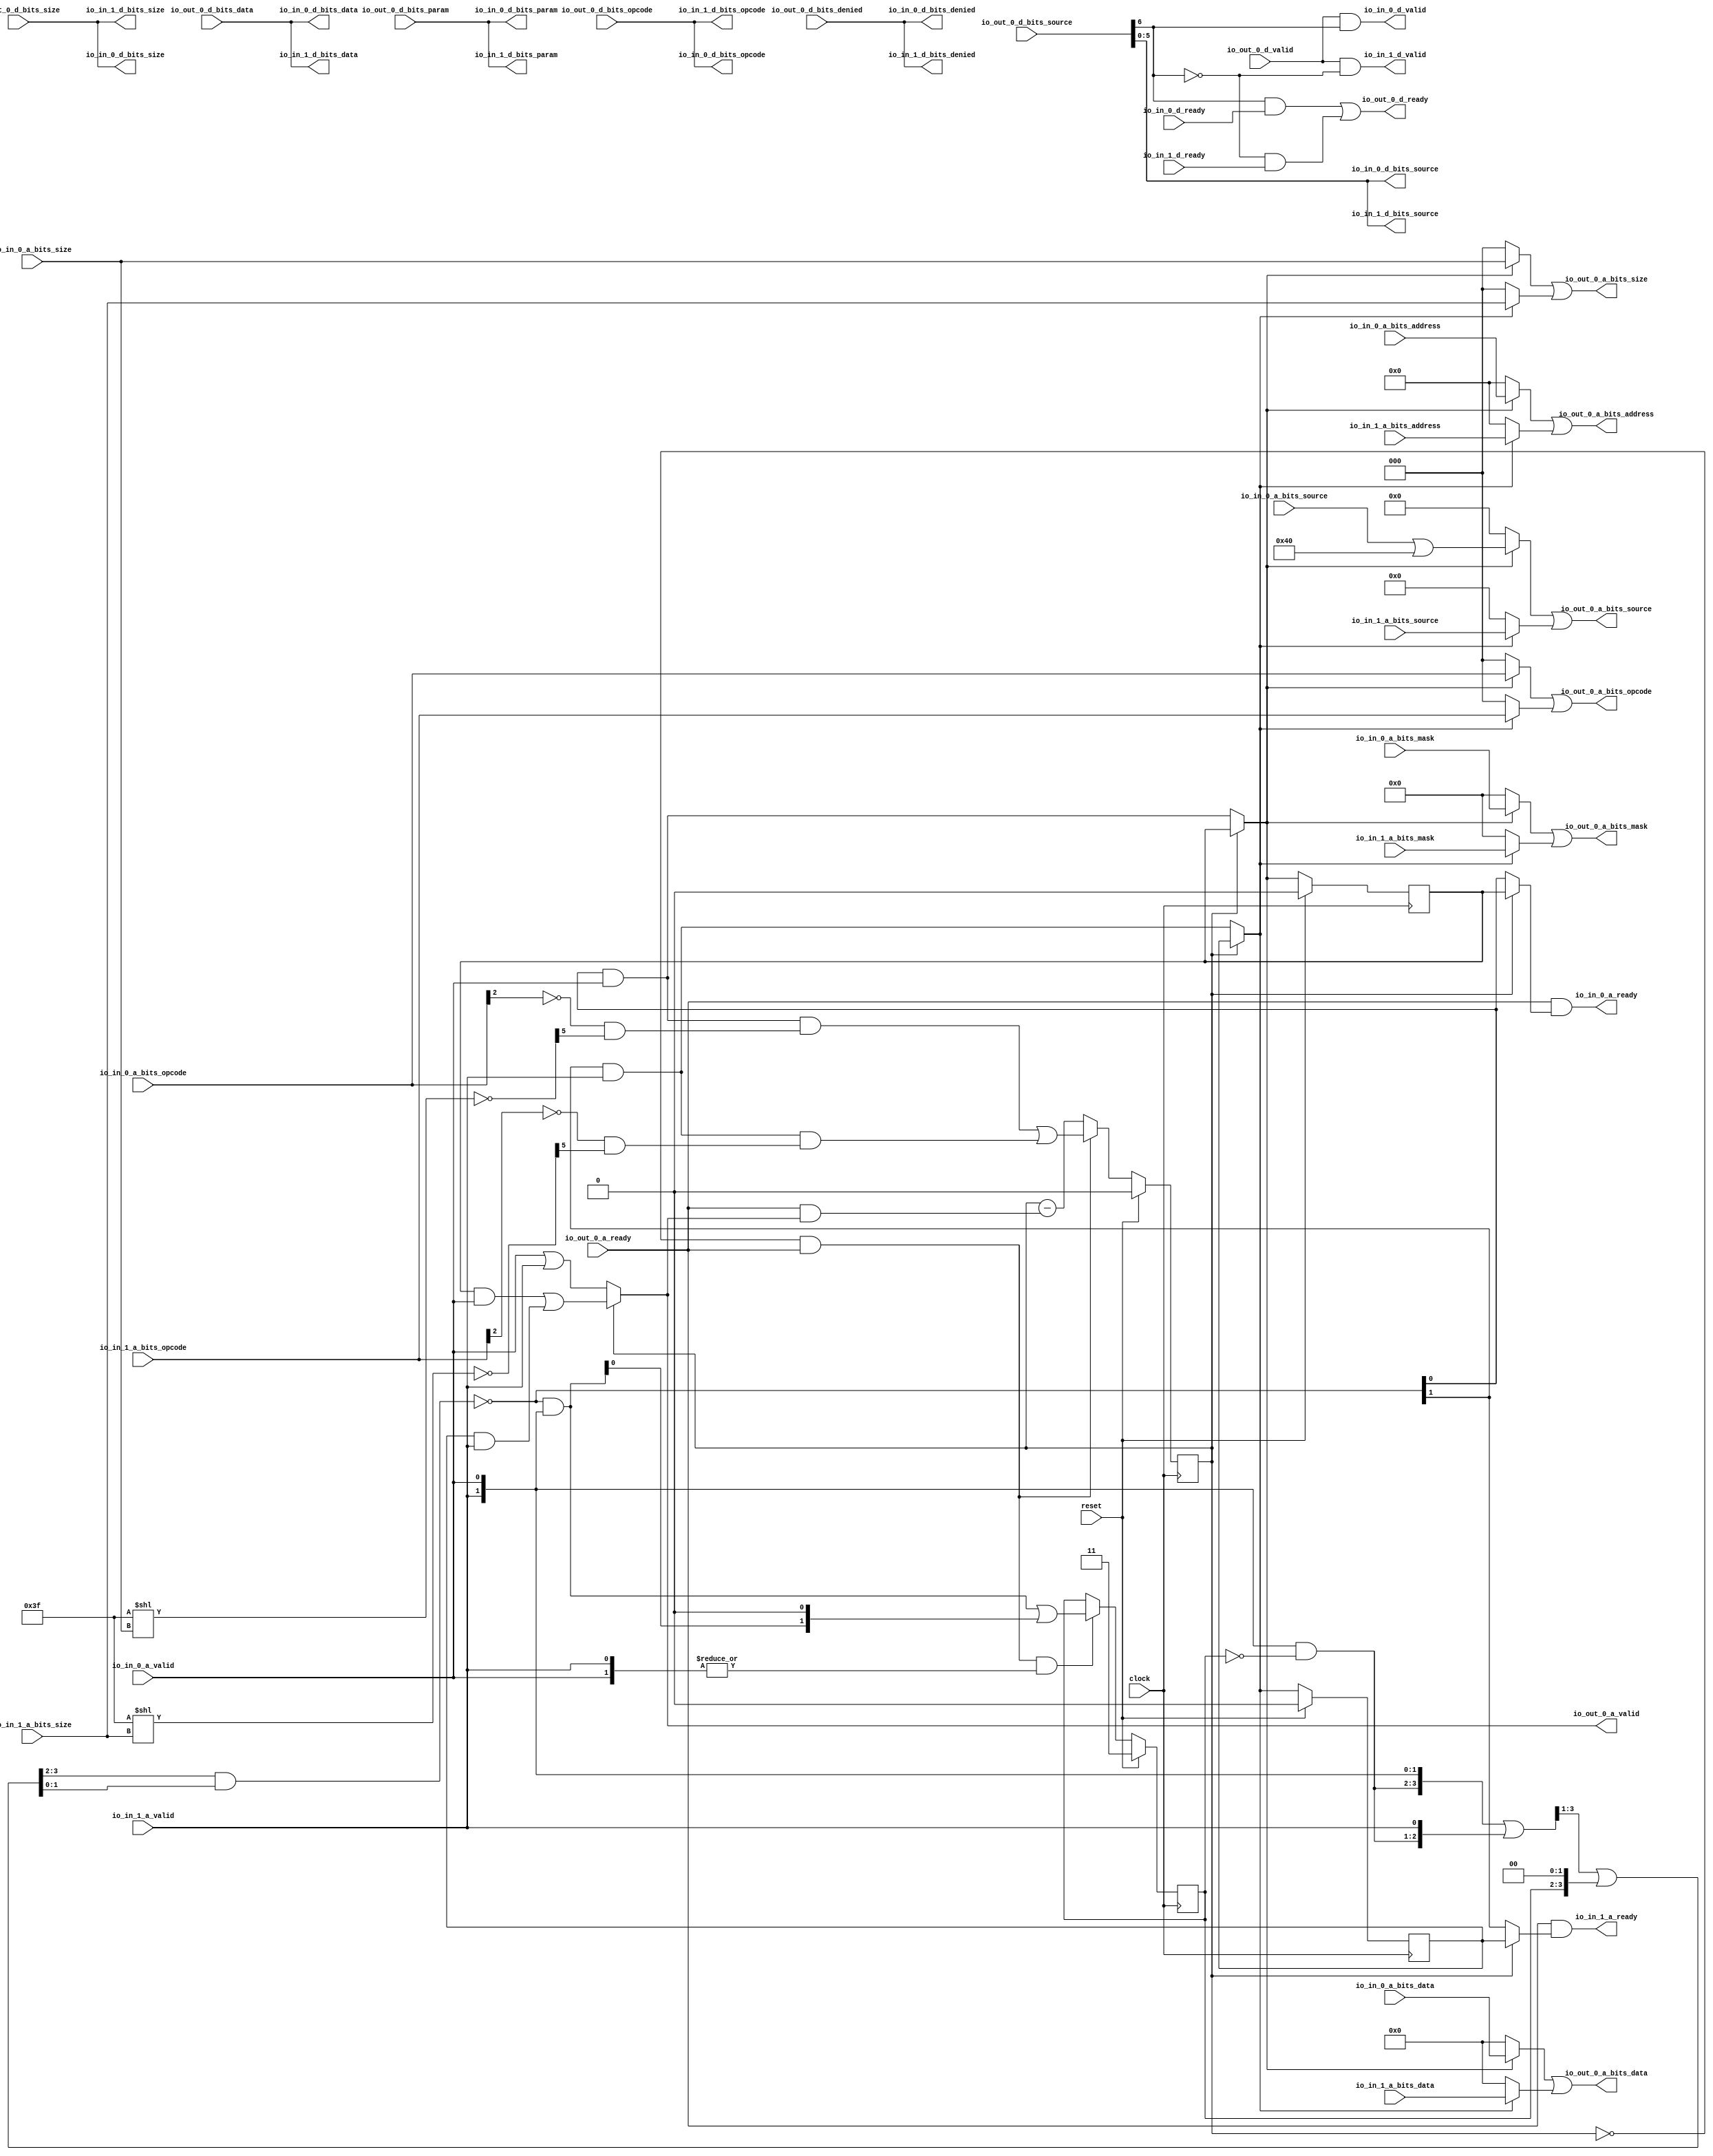
module XbarCircuit_2(
  input          clock,
  input          reset,
  output         io_in_1_a_ready,
  input          io_in_1_a_valid,
  input  [2:0]   io_in_1_a_bits_opcode,
  input  [2:0]   io_in_1_a_bits_size,
  input  [5:0]   io_in_1_a_bits_source,
  input  [35:0]  io_in_1_a_bits_address,
  input  [31:0]  io_in_1_a_bits_mask,
  input  [255:0] io_in_1_a_bits_data,
  input          io_in_1_d_ready,
  output         io_in_1_d_valid,
  output [2:0]   io_in_1_d_bits_opcode,
  output [1:0]   io_in_1_d_bits_param,
  output [2:0]   io_in_1_d_bits_size,
  output [5:0]   io_in_1_d_bits_source,
  output         io_in_1_d_bits_denied,
  output [255:0] io_in_1_d_bits_data,
  output         io_in_0_a_ready,
  input          io_in_0_a_valid,
  input  [2:0]   io_in_0_a_bits_opcode,
  input  [2:0]   io_in_0_a_bits_size,
  input  [5:0]   io_in_0_a_bits_source,
  input  [35:0]  io_in_0_a_bits_address,
  input  [31:0]  io_in_0_a_bits_mask,
  input  [255:0] io_in_0_a_bits_data,
  input          io_in_0_d_ready,
  output         io_in_0_d_valid,
  output [2:0]   io_in_0_d_bits_opcode,
  output [1:0]   io_in_0_d_bits_param,
  output [2:0]   io_in_0_d_bits_size,
  output [5:0]   io_in_0_d_bits_source,
  output         io_in_0_d_bits_denied,
  output [255:0] io_in_0_d_bits_data,
  input          io_out_0_a_ready,
  output         io_out_0_a_valid,
  output [2:0]   io_out_0_a_bits_opcode,
  output [2:0]   io_out_0_a_bits_size,
  output [6:0]   io_out_0_a_bits_source,
  output [35:0]  io_out_0_a_bits_address,
  output [31:0]  io_out_0_a_bits_mask,
  output [255:0] io_out_0_a_bits_data,
  output         io_out_0_d_ready,
  input          io_out_0_d_valid,
  input  [2:0]   io_out_0_d_bits_opcode,
  input  [1:0]   io_out_0_d_bits_param,
  input  [2:0]   io_out_0_d_bits_size,
  input  [6:0]   io_out_0_d_bits_source,
  input          io_out_0_d_bits_denied,
  input  [255:0] io_out_0_d_bits_data
);
`ifdef RANDOMIZE_REG_INIT
  reg [31:0] _RAND_0;
  reg [31:0] _RAND_1;
  reg [31:0] _RAND_2;
  reg [31:0] _RAND_3;
`endif // RANDOMIZE_REG_INIT
  wire [6:0] _GEN_1 = {{1'd0}, io_in_0_a_bits_source}; // @[Xbar.scala 237:55]
  wire [6:0] _T = _GEN_1 | 7'h40; // @[Xbar.scala 237:55]
  wire  _T_56 = ~io_out_0_d_bits_source[6]; // @[Parameters.scala 54:32]
  wire [12:0] _T_62 = 13'h3f << io_in_0_a_bits_size; // @[package.scala 234:77]
  wire [5:0] _T_64 = ~_T_62[5:0]; // @[package.scala 234:46]
  wire  _T_67 = ~io_in_0_a_bits_opcode[2]; // @[Edges.scala 91:28]
  wire  _T_68 = _T_67 & _T_64[5]; // @[Edges.scala 220:14]
  wire [12:0] _T_70 = 13'h3f << io_in_1_a_bits_size; // @[package.scala 234:77]
  wire [5:0] _T_72 = ~_T_70[5:0]; // @[package.scala 234:46]
  wire  _T_75 = ~io_in_1_a_bits_opcode[2]; // @[Edges.scala 91:28]
  wire  _T_76 = _T_75 & _T_72[5]; // @[Edges.scala 220:14]
  reg  REG; // @[Arbiter.scala 87:30]
  wire  _T_132 = ~REG; // @[Arbiter.scala 88:28]
  wire  _T_133 = _T_132 & io_out_0_a_ready; // @[Arbiter.scala 89:24]
  wire [1:0] _T_138 = {io_in_1_a_valid,io_in_0_a_valid}; // @[Cat.scala 30:58]
  reg [1:0] REG_1; // @[Arbiter.scala 23:23]
  wire [1:0] _T_144 = ~REG_1; // @[Arbiter.scala 24:30]
  wire [1:0] _T_145 = _T_138 & _T_144; // @[Arbiter.scala 24:28]
  wire [3:0] _T_146 = {_T_145,io_in_1_a_valid,io_in_0_a_valid}; // @[Cat.scala 30:58]
  wire [3:0] _GEN_2 = {{1'd0}, _T_146[3:1]}; // @[package.scala 253:43]
  wire [3:0] _T_148 = _T_146 | _GEN_2; // @[package.scala 253:43]
  wire [3:0] _T_151 = {REG_1, 2'h0}; // @[Arbiter.scala 25:66]
  wire [3:0] _GEN_3 = {{1'd0}, _T_148[3:1]}; // @[Arbiter.scala 25:58]
  wire [3:0] _T_152 = _GEN_3 | _T_151; // @[Arbiter.scala 25:58]
  wire [1:0] _T_155 = _T_152[3:2] & _T_152[1:0]; // @[Arbiter.scala 26:39]
  wire [1:0] _T_156 = ~_T_155; // @[Arbiter.scala 26:18]
  wire [1:0] _T_159 = _T_156 & _T_138; // @[Arbiter.scala 28:29]
  wire [2:0] _T_160 = {_T_159, 1'h0}; // @[package.scala 244:48]
  wire [1:0] _T_162 = _T_159 | _T_160[1:0]; // @[package.scala 244:43]
  wire  _T_167 = _T_156[0] & io_in_0_a_valid; // @[Arbiter.scala 97:79]
  wire  _T_168 = _T_156[1] & io_in_1_a_valid; // @[Arbiter.scala 97:79]
  wire  _T_183 = io_in_0_a_valid | io_in_1_a_valid; // @[Arbiter.scala 107:36]
  wire  _T_197 = _T_167 & _T_68; // @[Arbiter.scala 111:73]
  wire  _T_198 = _T_168 & _T_76; // @[Arbiter.scala 111:73]
  wire  _T_199 = _T_197 | _T_198; // @[Arbiter.scala 112:44]
  reg  REG_2_0; // @[Arbiter.scala 116:26]
  wire  _T_206_0 = _T_132 ? _T_167 : REG_2_0; // @[Arbiter.scala 117:30]
  reg  REG_2_1; // @[Arbiter.scala 116:26]
  wire  _T_206_1 = _T_132 ? _T_168 : REG_2_1; // @[Arbiter.scala 117:30]
  wire  _T_214 = REG_2_0 & io_in_0_a_valid | REG_2_1 & io_in_1_a_valid; // @[Mux.scala 27:72]
  wire  _T_215 = _T_132 ? _T_183 : _T_214; // @[Arbiter.scala 125:29]
  wire  _T_202 = io_out_0_a_ready & _T_215; // @[ReadyValidCancel.scala 50:33]
  wire  _T_208_0 = _T_132 ? _T_156[0] : REG_2_0; // @[Arbiter.scala 121:24]
  wire  _T_208_1 = _T_132 ? _T_156[1] : REG_2_1; // @[Arbiter.scala 121:24]
  wire [255:0] _T_222 = _T_206_0 ? io_in_0_a_bits_data : 256'h0; // @[Mux.scala 27:72]
  wire [255:0] _T_223 = _T_206_1 ? io_in_1_a_bits_data : 256'h0; // @[Mux.scala 27:72]
  wire [31:0] _T_225 = _T_206_0 ? io_in_0_a_bits_mask : 32'h0; // @[Mux.scala 27:72]
  wire [31:0] _T_226 = _T_206_1 ? io_in_1_a_bits_mask : 32'h0; // @[Mux.scala 27:72]
  wire [35:0] _T_228 = _T_206_0 ? io_in_0_a_bits_address : 36'h0; // @[Mux.scala 27:72]
  wire [35:0] _T_229 = _T_206_1 ? io_in_1_a_bits_address : 36'h0; // @[Mux.scala 27:72]
  wire [6:0] _T_231 = _T_206_0 ? _T : 7'h0; // @[Mux.scala 27:72]
  wire [6:0] _WIRE_9_1_a_bits_source = {{1'd0}, io_in_1_a_bits_source}; // @[Xbar.scala 231:18 237:29]
  wire [6:0] _T_232 = _T_206_1 ? _WIRE_9_1_a_bits_source : 7'h0; // @[Mux.scala 27:72]
  wire [2:0] _T_234 = _T_206_0 ? io_in_0_a_bits_size : 3'h0; // @[Mux.scala 27:72]
  wire [2:0] _T_235 = _T_206_1 ? io_in_1_a_bits_size : 3'h0; // @[Mux.scala 27:72]
  wire [2:0] _T_240 = _T_206_0 ? io_in_0_a_bits_opcode : 3'h0; // @[Mux.scala 27:72]
  wire [2:0] _T_241 = _T_206_1 ? io_in_1_a_bits_opcode : 3'h0; // @[Mux.scala 27:72]
  assign io_in_1_a_ready = io_out_0_a_ready & _T_208_1; // @[Arbiter.scala 123:31]
  assign io_in_1_d_valid = io_out_0_d_valid & _T_56; // @[Xbar.scala 179:40]
  assign io_in_1_d_bits_opcode = io_out_0_d_bits_opcode; // @[Bundle_ACancel.scala 23:19 Xbar.scala 136:12]
  assign io_in_1_d_bits_param = io_out_0_d_bits_param; // @[Bundle_ACancel.scala 23:19 Xbar.scala 136:12]
  assign io_in_1_d_bits_size = io_out_0_d_bits_size; // @[Bundle_ACancel.scala 23:19 Xbar.scala 136:12]
  assign io_in_1_d_bits_source = io_out_0_d_bits_source[5:0]; // @[Xbar.scala 228:69]
  assign io_in_1_d_bits_denied = io_out_0_d_bits_denied; // @[Bundle_ACancel.scala 23:19 Xbar.scala 136:12]
  assign io_in_1_d_bits_data = io_out_0_d_bits_data; // @[Bundle_ACancel.scala 23:19 Xbar.scala 136:12]
  assign io_in_0_a_ready = io_out_0_a_ready & _T_208_0; // @[Arbiter.scala 123:31]
  assign io_in_0_d_valid = io_out_0_d_valid & io_out_0_d_bits_source[6]; // @[Xbar.scala 179:40]
  assign io_in_0_d_bits_opcode = io_out_0_d_bits_opcode; // @[Bundle_ACancel.scala 23:19 Xbar.scala 136:12]
  assign io_in_0_d_bits_param = io_out_0_d_bits_param; // @[Bundle_ACancel.scala 23:19 Xbar.scala 136:12]
  assign io_in_0_d_bits_size = io_out_0_d_bits_size; // @[Bundle_ACancel.scala 23:19 Xbar.scala 136:12]
  assign io_in_0_d_bits_source = io_out_0_d_bits_source[5:0]; // @[Xbar.scala 228:69]
  assign io_in_0_d_bits_denied = io_out_0_d_bits_denied; // @[Bundle_ACancel.scala 23:19 Xbar.scala 136:12]
  assign io_in_0_d_bits_data = io_out_0_d_bits_data; // @[Bundle_ACancel.scala 23:19 Xbar.scala 136:12]
  assign io_out_0_a_valid = _T_132 ? _T_183 : _T_214; // @[Arbiter.scala 125:29]
  assign io_out_0_a_bits_opcode = _T_240 | _T_241; // @[Mux.scala 27:72]
  assign io_out_0_a_bits_size = _T_234 | _T_235; // @[Mux.scala 27:72]
  assign io_out_0_a_bits_source = _T_231 | _T_232; // @[Mux.scala 27:72]
  assign io_out_0_a_bits_address = _T_228 | _T_229; // @[Mux.scala 27:72]
  assign io_out_0_a_bits_mask = _T_225 | _T_226; // @[Mux.scala 27:72]
  assign io_out_0_a_bits_data = _T_222 | _T_223; // @[Mux.scala 27:72]
  assign io_out_0_d_ready = io_out_0_d_bits_source[6] & io_in_0_d_ready | _T_56 & io_in_1_d_ready; // @[Mux.scala 27:72]
  always @(posedge clock) begin
    if (reset) begin // @[Arbiter.scala 87:30]
      REG <= 1'h0; // @[Arbiter.scala 87:30]
    end else if (_T_133) begin // @[Arbiter.scala 113:23]
      REG <= _T_199;
    end else begin
      REG <= REG - _T_202;
    end
    if (reset) begin // @[Arbiter.scala 23:23]
      REG_1 <= 2'h3; // @[Arbiter.scala 23:23]
    end else if (_T_133 & |_T_138) begin // @[Arbiter.scala 27:32]
      REG_1 <= _T_162; // @[Arbiter.scala 28:12]
    end
    if (reset) begin // @[Arbiter.scala 116:26]
      REG_2_0 <= 1'h0; // @[Arbiter.scala 116:26]
    end else if (_T_132) begin // @[Arbiter.scala 117:30]
      REG_2_0 <= _T_167;
    end
    if (reset) begin // @[Arbiter.scala 116:26]
      REG_2_1 <= 1'h0; // @[Arbiter.scala 116:26]
    end else if (_T_132) begin // @[Arbiter.scala 117:30]
      REG_2_1 <= _T_168;
    end
  end
// Register and memory initialization
`ifdef RANDOMIZE_GARBAGE_ASSIGN
`define RANDOMIZE
`endif
`ifdef RANDOMIZE_INVALID_ASSIGN
`define RANDOMIZE
`endif
`ifdef RANDOMIZE_REG_INIT
`define RANDOMIZE
`endif
`ifdef RANDOMIZE_MEM_INIT
`define RANDOMIZE
`endif
`ifndef RANDOM
`define RANDOM $random
`endif
`ifdef RANDOMIZE_MEM_INIT
  integer initvar;
`endif
`ifndef SYNTHESIS
`ifdef FIRRTL_BEFORE_INITIAL
`FIRRTL_BEFORE_INITIAL
`endif
initial begin
  `ifdef RANDOMIZE
    `ifdef INIT_RANDOM
      `INIT_RANDOM
    `endif
    `ifndef VERILATOR
      `ifdef RANDOMIZE_DELAY
        #`RANDOMIZE_DELAY begin end
      `else
        #0.002 begin end
      `endif
    `endif
`ifdef RANDOMIZE_REG_INIT
  _RAND_0 = {1{`RANDOM}};
  REG = _RAND_0[0:0];
  _RAND_1 = {1{`RANDOM}};
  REG_1 = _RAND_1[1:0];
  _RAND_2 = {1{`RANDOM}};
  REG_2_0 = _RAND_2[0:0];
  _RAND_3 = {1{`RANDOM}};
  REG_2_1 = _RAND_3[0:0];
`endif // RANDOMIZE_REG_INIT
  `endif // RANDOMIZE
end // initial
`ifdef FIRRTL_AFTER_INITIAL
`FIRRTL_AFTER_INITIAL
`endif
`endif // SYNTHESIS
endmodule